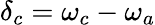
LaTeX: \delta_{c}=\omega_{c}-\omega_{a}